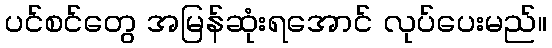
ပင်စင်တွေ အမြန်ဆုံးရအောင် လုပ်ပေးမည်။